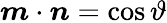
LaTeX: \boldsymbol{m}\cdot\boldsymbol{n}=\cos\vartheta